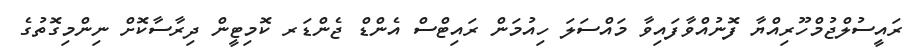
ރައީސުލްޖުމްހޫރިއްޔާ ފޮނުއްވާފައިވާ މައްސަލަ ހިއުމަން ރައިޓްސް އެންޑް ޖެންޑަރ ކޮމިޓީން ދިރާސާކޮށް ނިންމިގޮތުގެ